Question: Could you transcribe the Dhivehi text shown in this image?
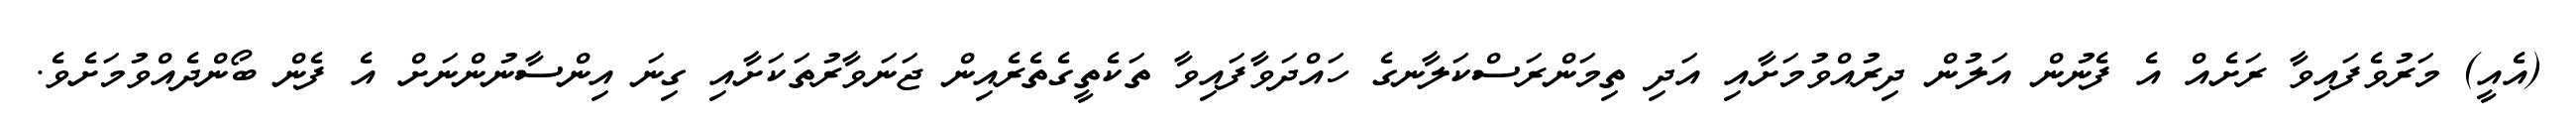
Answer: (އެއީ) މަރުވެފައިވާ ރަށެއް އެ ފެނުން އަލުން ދިރުއްވުމަށާއި އަދި ތިމަންރަސްކަލާނގެ ހައްދަވާފައިވާ ތަކެތީގެތެރެއިން ޖަނަވާރުތަކަށާއި ގިނަ އިންސާނުންނަށް އެ ފެން ބޯންދެއްވުމަށެވެ.